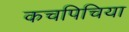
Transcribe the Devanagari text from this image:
कचपिचिया